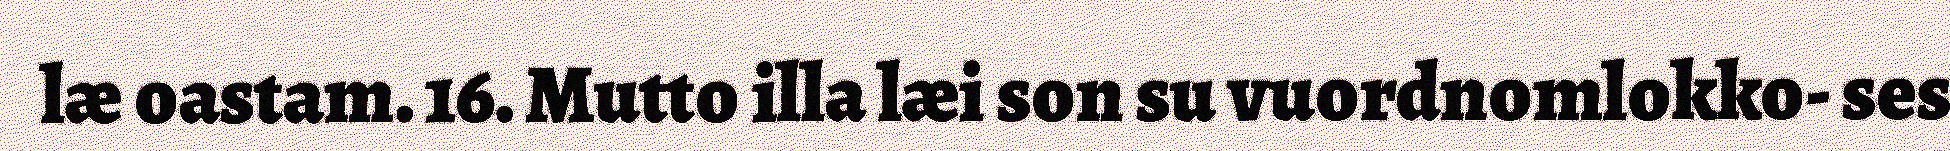
læ oastam. 16. Mutto illa læi son su vuordnomlokko- ses